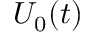
U _ { 0 } ( t )